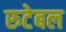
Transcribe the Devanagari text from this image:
रुटेबल